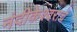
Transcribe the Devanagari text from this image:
नंदीकेश्वराचे